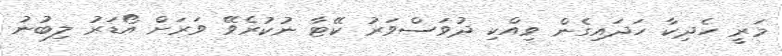
މަރީ ހެދިކާ ހަދައިގެން ވިއްކި ދުވަސްވަރު ކޭޓާ ނުކުރެވޭ ވަރަށް އޯޑަރު ލިބުނު